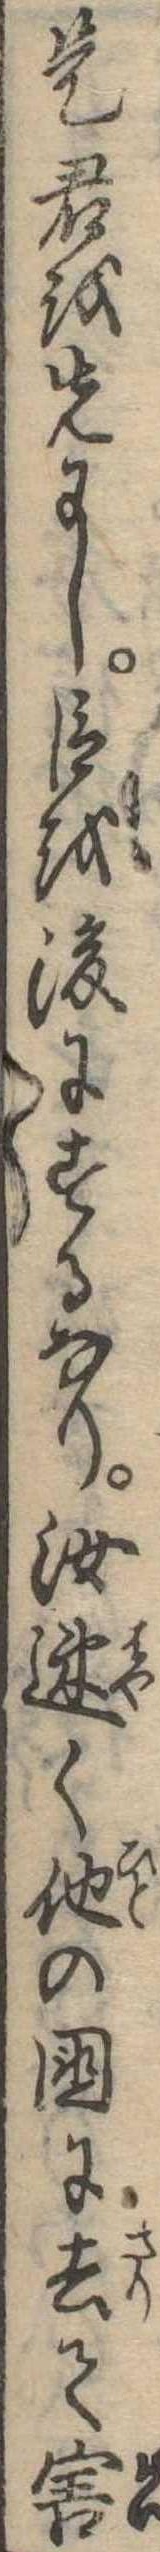
是君を先にし臣を後にするなり汝速く他の国に去て害